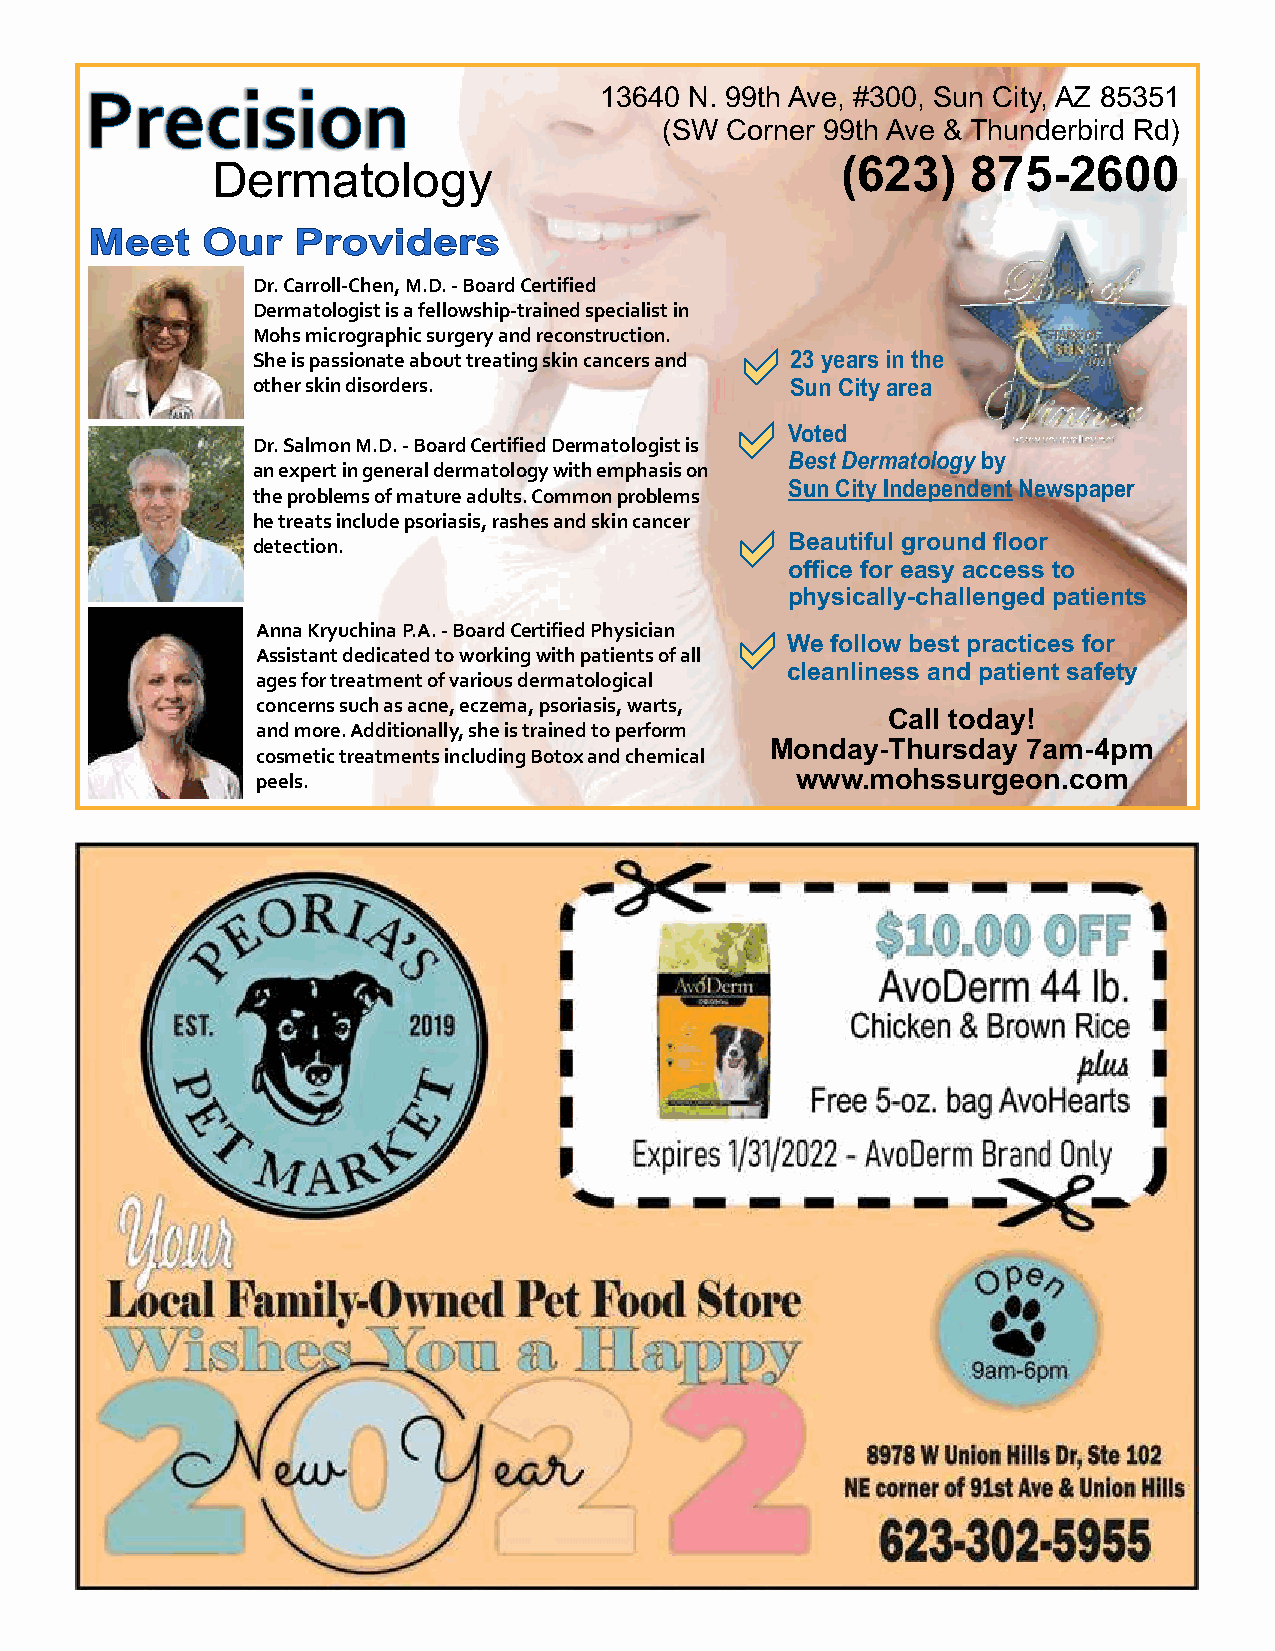
PPrreecciissiioonn                13640 N. 99th Ave, #300, Sun City, AZ 85351
 (SW Corner 99th Ave & Thunderbird Rd)
 Dermatology                               (623)   875-2600
 MMeeeett OOuurr PPrroovviiddeerrss
 Dr. Carroll-Chen, M.D. - Board Certified
 Dermatologist is a fellowship-trained specialist in
 Mohs micrographic surgery and reconstruction. aa
 She is passionate about treating skin cancers and 23 years in the
 other skin disorders.              Sun City area
 aa
 Voted
 Dr. Salmon M.D. - Board Certified Dermatologist is
 Best Dermatology by
 an expert in general dermatology with emphasis on
 the problems of mature adults. Common problems Sun City Independent Newspaper
 he treats include psoriasis, rashes and skin cancer aa
 detection.                         Beautiful ground floor
 office for easy access to
 physically-challenged patients
 aa
 Anna Kryuchina P.A. - Board Certified Physician
 We follow best practices for
 Assistant dedicated to working with patients of all
 cleanliness and patient safety
 ages for treatment of various dermatological
 concerns such as acne, eczema, psoriasis, warts,
 Call today!
 and more. Additionally, she is trained to perform
 Monday-Thursday  7am-4pm
 cosmetic treatments including Botox and chemical
 peels.                              www.mohssurgeon.com